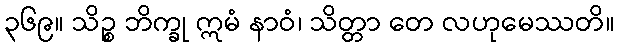
၃၆၉။ သိဉ္စ ဘိက္ခု ဣမံ နာဝံ၊ သိတ္တာ တေ လဟုမေဿတိ။